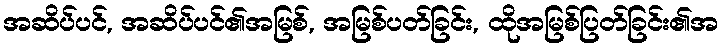
အဆိပ်ပင်, အဆိပ်ပင်၏အမြစ်, အမြစ်ပတ်ခြင်း, ထိုအမြစ်ပြတ်ခြင်း၏အ